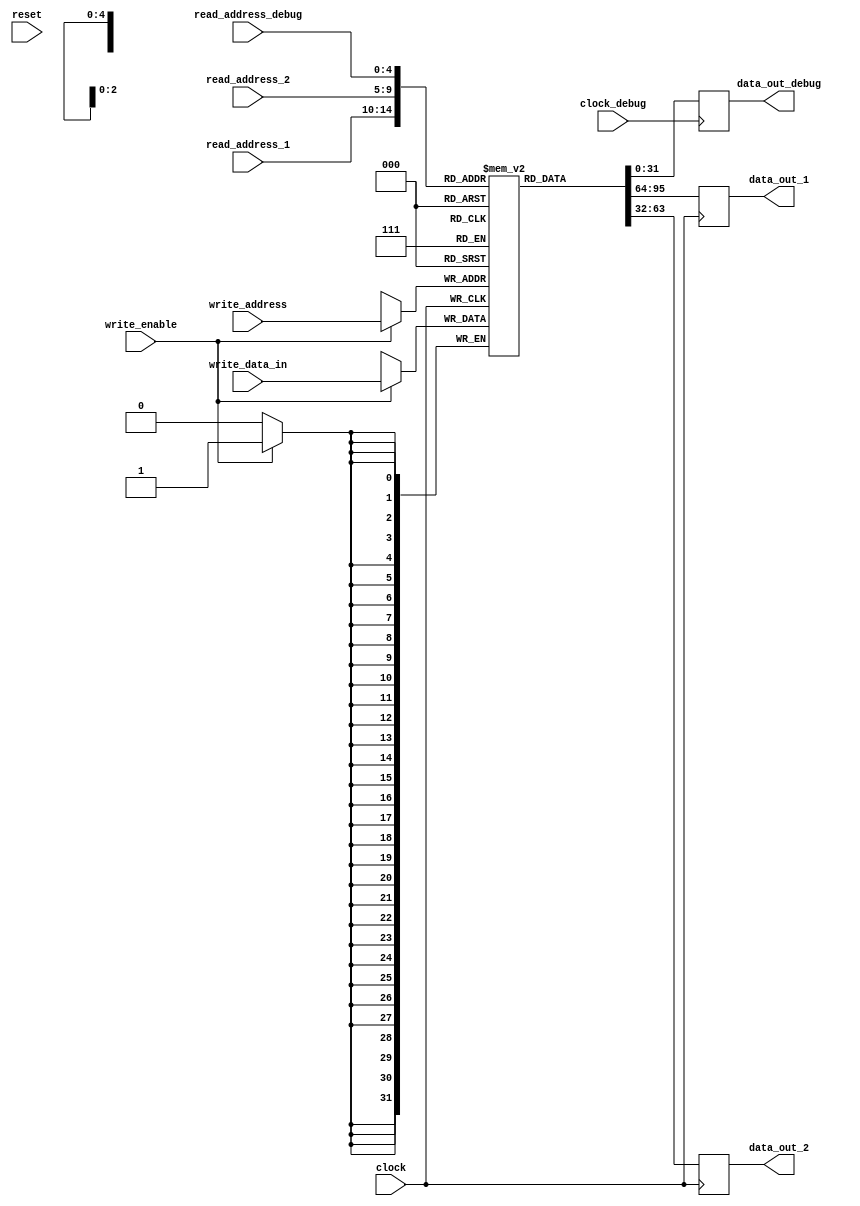
`timescale 10ns/1ns

module regfile32x32
  (input [4:0] read_address_1,
   input [4:0] read_address_2,
	input [31:0] write_data_in,
	input [4:0] write_address,
	input write_enable,
   input reset,
	input clock,
	input [4:0] read_address_debug,
	input clock_debug,
   output reg [31:0] data_out_1,
   output reg [31:0] data_out_2,
	output reg [31:0] data_out_debug);

   reg [31:0] 	 regfile [0:31];
	integer 	 i;
	
	initial begin
	
		for (i = 0; i < 32; i = i + 1) begin
	    regfile[i] <= 0;
		end
		//Change based on initial register values needed, for Milestone 2 we only need 0's
		//regfile[1] <= -30;
		//regfile[2] <= 56;
		
	end


   always @(negedge clock) begin
		
		data_out_1 <= regfile[read_address_1];
		data_out_2 <= regfile[read_address_2];
		
		if (reset) begin
			for (i = 0; i < 32; i = i + 1) begin
				//regfile[i] <= 0;
			end	
		end 
		
   end
	
	always @(posedge clock) begin
	#10
		if (write_enable) begin
			regfile[write_address] <= write_data_in;
		end
	end
	
	always @(posedge clock_debug) begin
		data_out_debug <= regfile[read_address_debug];
	end
endmodule